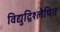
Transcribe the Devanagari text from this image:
विद्युद्विश्लेषित